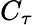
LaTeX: C_{\tau}